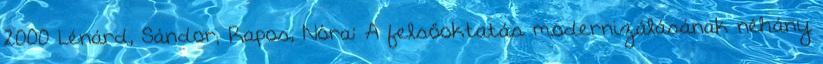
2000 Lénárd, Sándor; Rapos, Nóra: A felsőoktatás modernizálásának néhány